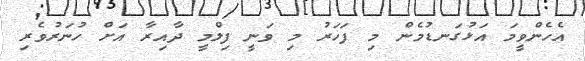
އެހެންވީމަ އަޅުގަނޑުމެން މި ފަހަރު މި ވަނީ ފިލްމީ ދާއިރާ އަށް ހުނަރުވެރި